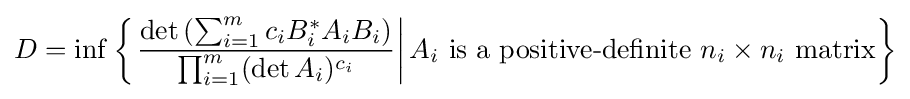
D=\inf \left\{\left.{\frac {\det \left(\sum _{i=1}^{m}c_{i}B_{i}^{*}A_{i}B_{i}\right)}{\prod _{i=1}^{m}(\det A_{i})^{c_{i}}}}\right|A_{i}{\text{ is a positive-definite }}n_{i}\times n_{i}{\text{ matrix}}\right\}